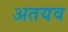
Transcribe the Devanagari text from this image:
अतयव